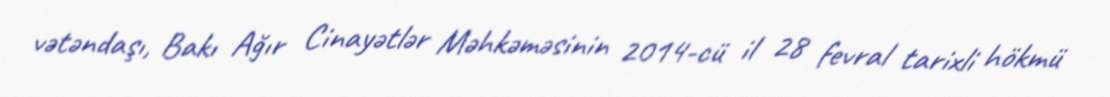
vətəndaşı, Bakı Ağır Cinayətlər Məhkəməsinin 2014-cü il 28 fevral tarixli hökmü